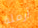
أرملة